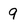
Character: 9